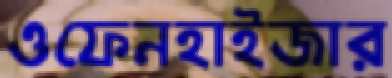
ওফেনহাইজার